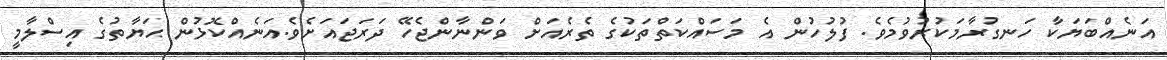
އަނެއްބަޔަކާ ހަނގުރާމަކުރުވުމެވެ. ފުލުހުން އެ މަސައްކަތްތަކުގެ ތެރެއަށް ވަންނާންޖެހޭ ދަރަޖައަށެވެ.އަނެއްކޮޅުން ޙަޔާތުގެ އިސްލާމީ